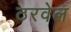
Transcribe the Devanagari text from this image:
ठरवेल